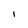
Character: l